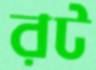
রট